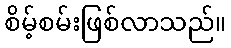
စိမ့်စမ်းဖြစ်လာသည်။